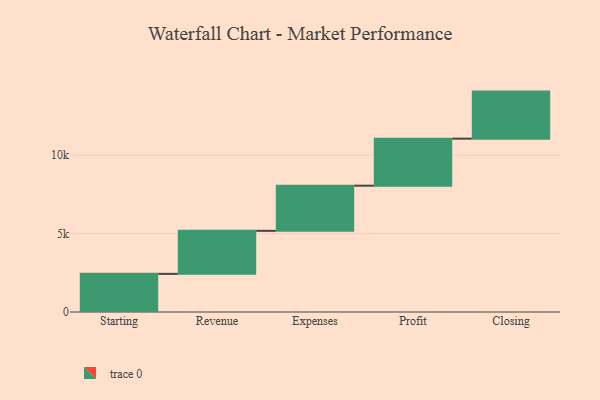
{"axis": {"x": "Step", "y": "Value"}, "legend": [""], "data": [{"x": "Starting", "y": 2432.0, "type": ""}, {"x": "Revenue", "y": 2744.0, "type": ""}, {"x": "Expenses", "y": 2879.0, "type": ""}, {"x": "Profit", "y": 3000, "type": ""}, {"x": "Closing", "y": 3000, "type": ""}]}